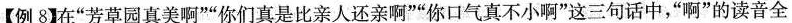
【例8】在”芳草园真美啊””你们真是比亲人还亲啊””你口气真不小啊”这三句话中，”啊”的读音全